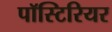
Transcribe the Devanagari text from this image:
पॉस्टिरियर